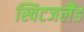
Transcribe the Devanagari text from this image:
स्विटजलैंड